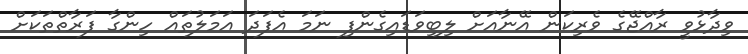
ވިދާޅުވީ ރާއްޖޭގެ ވެރިކަން އޭނާއަށް ލިބިވަޑައިގެންފި ނަމަ އެފަދަ އަމަލުތައް ހިންގާ ފަރާތްތަކަށް